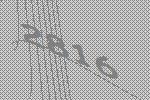
2816